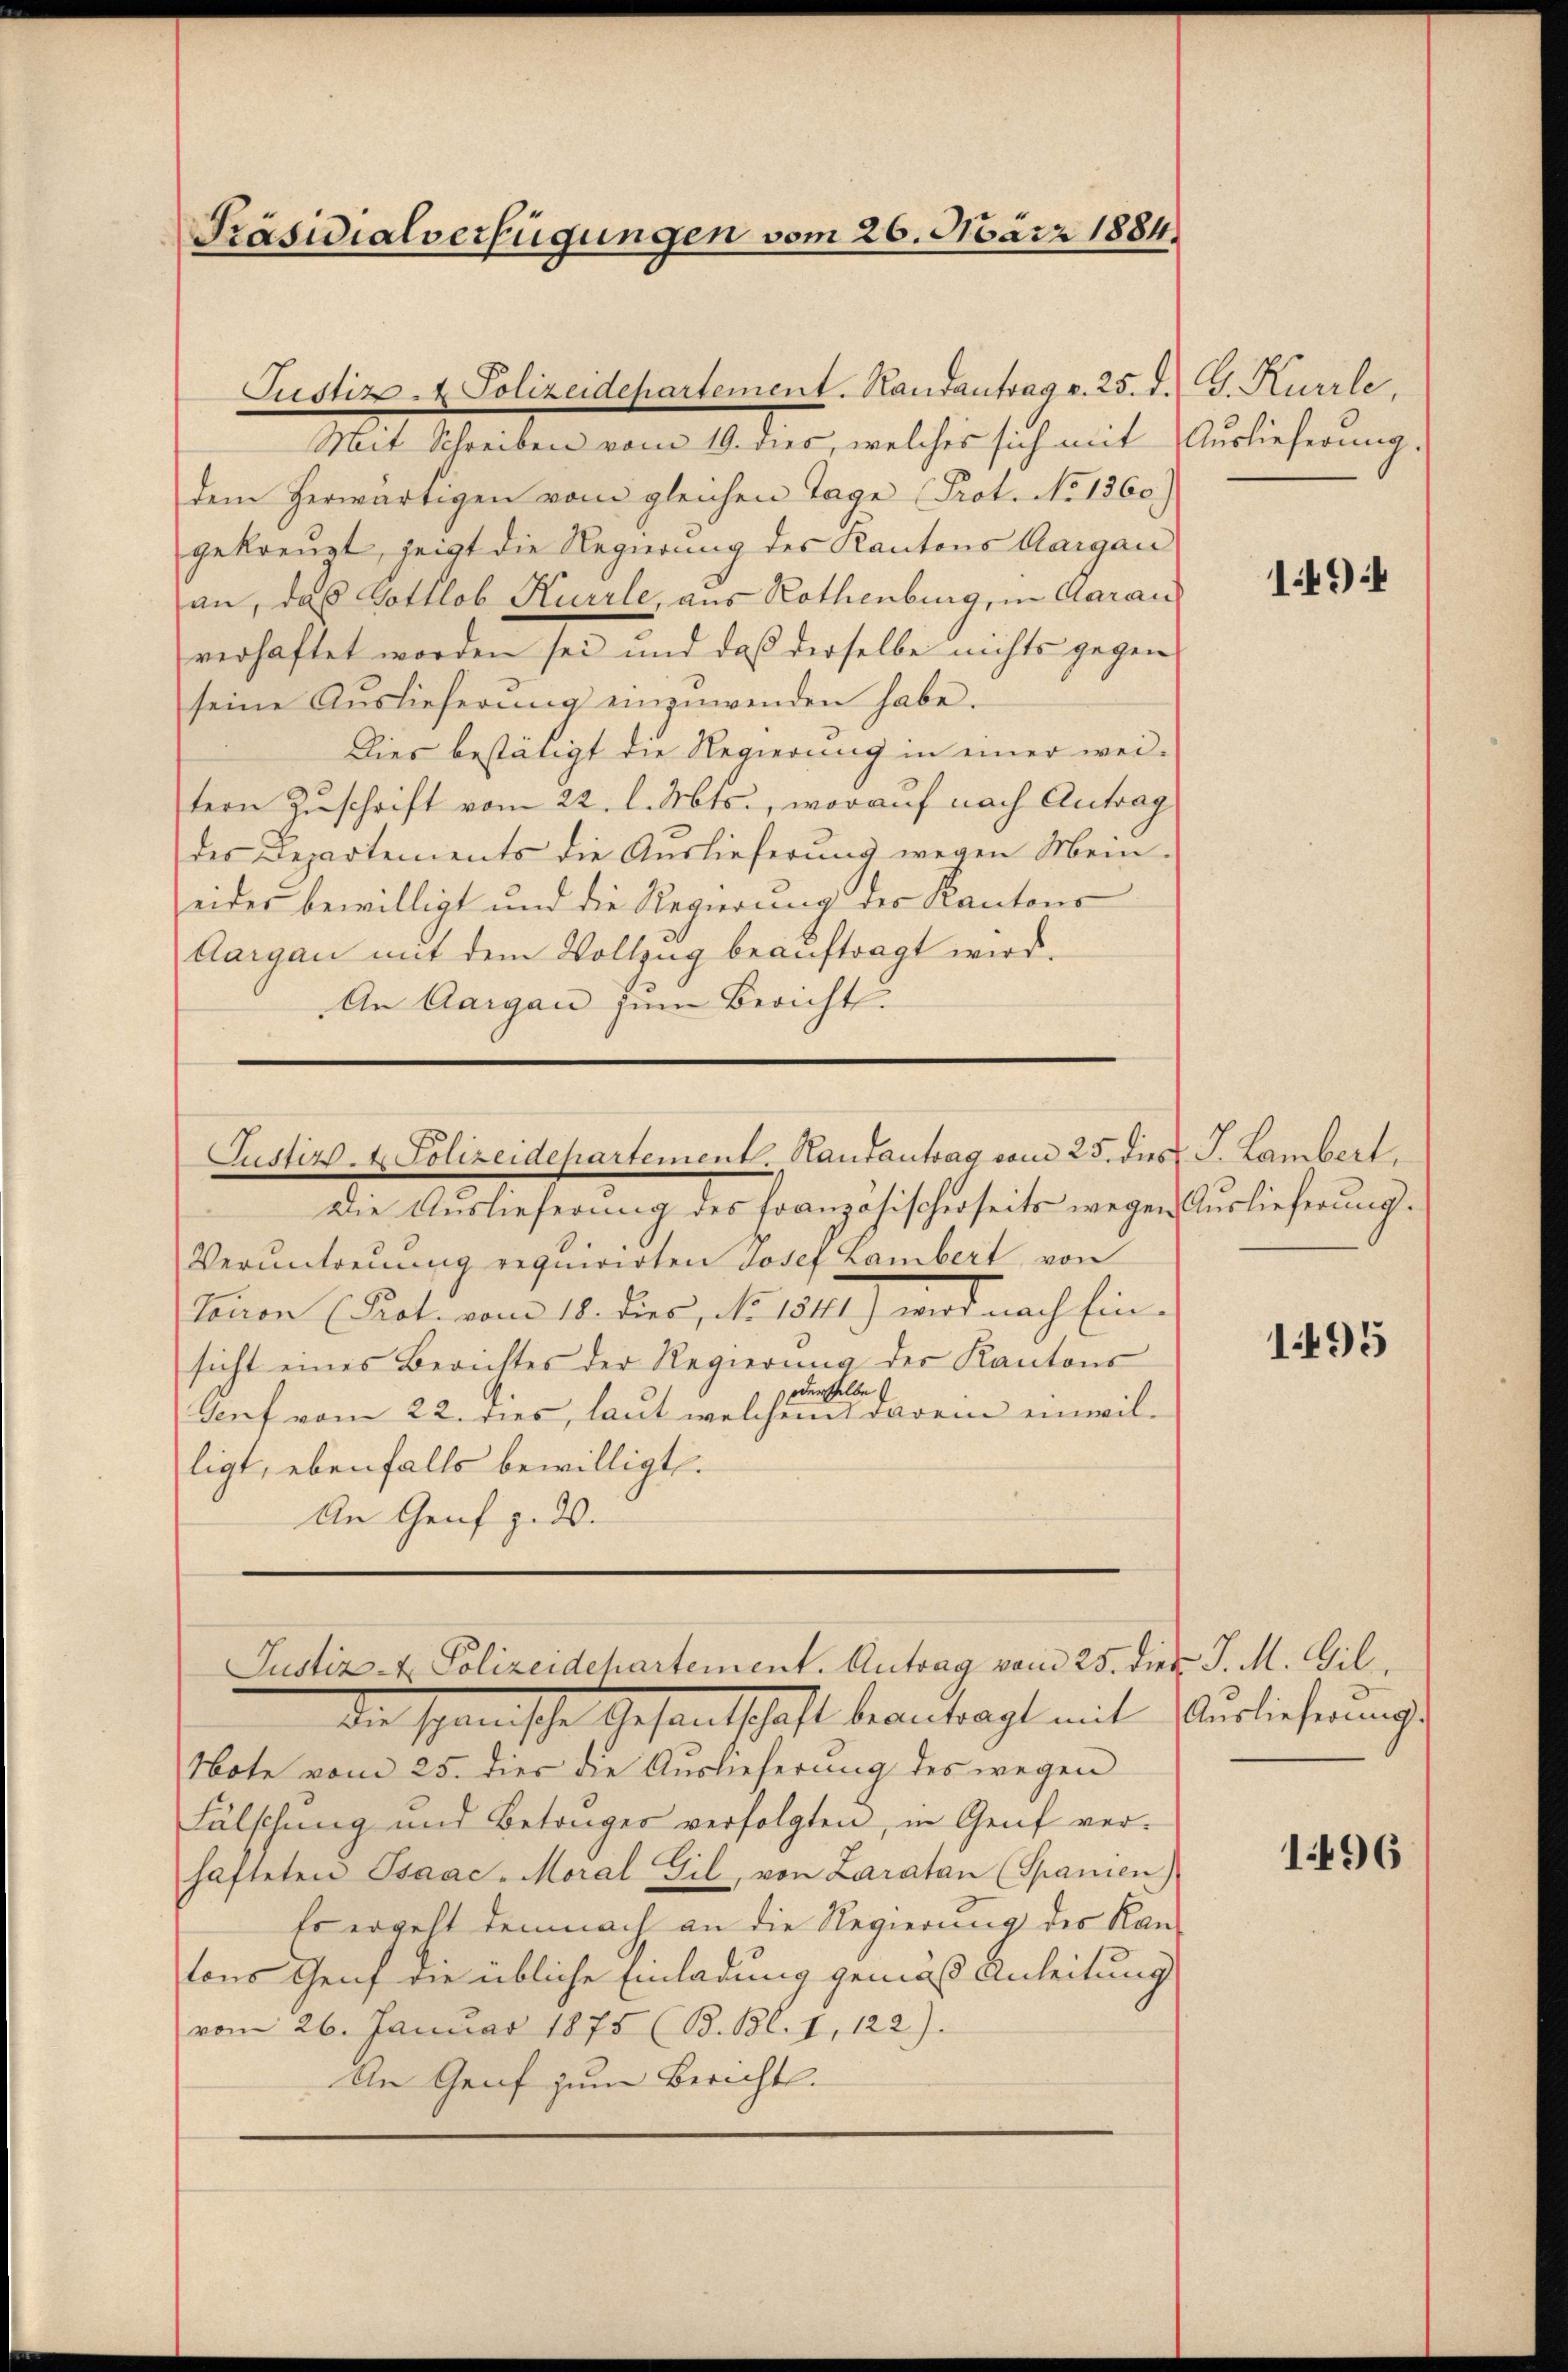
Präsidialverfügungen vom 26. März 1884

Mit Schreiben vom 19. dies, welches sich mit Auslieferung.
dem herwärtigen vom gleichen Tage Prot. No 1360.)
gekreuzt, zeigt die Regierung des Kantons Aargau
an, daß Gottlob Kürrle, aus Rothenburg, in Aarau
verhaftet worden sei und daß derselbe nichts gegen
seine Auslieferung einzuwenden habe.
Dies bestätigt die Regierung in einer wei-
tern Zuschrift vom 22. l. Mts., worauf nach Antrag
des Departements die Auslieferung wegen Mein-
eides bewilligt und die Regierung der Kantons
Aargau mit dem Vollzug beauftragt wird.
An Aargau zum Bericht.

Justiz & Polizeidepartement. Handantrag v. 25. d. G. Kurrle.

Justiz- & Polizeidepartement. Hautantrag vom 25. dies J. Lambert.

Die Auslieferung des französischerseits wegen Auslieferung.
Verantreuung requirirten Josef Lambert von
tauen (Prot. vom 18. dies, d. 1814.) wird nach Einsicht eines Berichtes der Regierŭng der Kantons
oderselbe
Genf vom 22. dies, laut welchem darein einwilligt, ebenfalls bewilligt.
An Genf ged

Note vom 25. dies die Auslieferung des wegen
Fälschung und Betrüger verfolgten, in Genf ver-
hafteten Isaac-Moral Gil, von Laratan (Spanien)
Es ergeht demnach an die Regierung des Kan-
tons Genf die übliche Einladung gemäß Anleitung
vom 26. Januar 1875 (B. Bl. 1, 122).
An Graf zum Bericht.

Justiz- & Polizeidehartement. Antrag vom 25. dies J. M. Gil
die schanische Gesandtschaft beantragt mit Auslieferungs

149

1495

1496